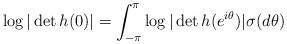
LaTeX: \begin{align*}\log\vert \det h(0)\vert=\int_{-\pi}^{\pi}\log\vert \det h(e^{i\theta})\vert \sigma(d\theta)\end{align*}